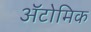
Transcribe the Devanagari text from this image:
ॲटोमिक